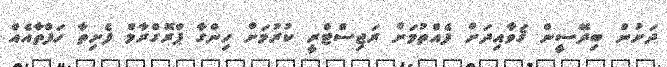
ދަށުން ބިދޭސީން ޤަވާއިދަށް ފެއްތުމަށް ރަޖިސްޓްރީ ކުރުމަށް ހިންގާ ޕްރޮގްރާމް ފެށިތާ ހަފްތާއެއް